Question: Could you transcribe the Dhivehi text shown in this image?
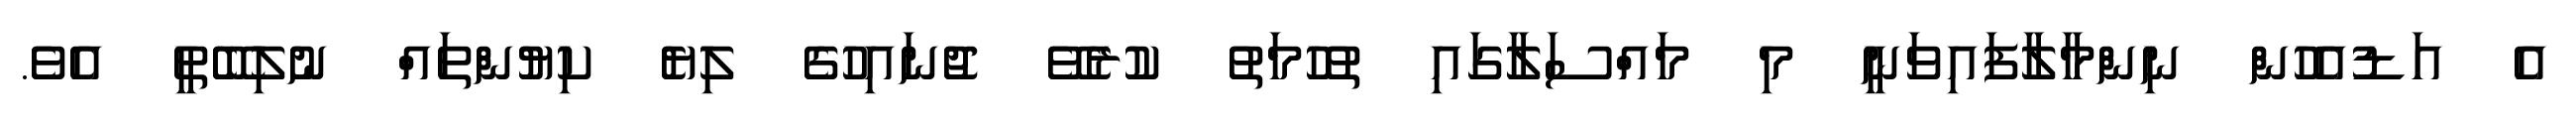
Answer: އެ އަޑުއެހުން ނިންމާލާފައިވަނީ މި މައްސަލާގައި ތުހުމަތު ކުރެވޭ ޖުނައިހުގެ ލިޔެ ކިޔުންތައް ނުލިބޭތީ އެވެ.